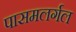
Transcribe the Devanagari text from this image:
पासमलर्गल